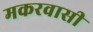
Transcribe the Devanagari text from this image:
मकरवासी